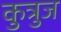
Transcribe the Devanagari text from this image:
कुत्रुज